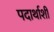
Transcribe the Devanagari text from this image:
पदार्थाशी